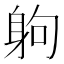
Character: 𨈳